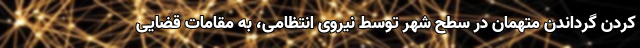
کردن گرداندن متهمان در سطح شهر توسط نیروی انتظامی، به مقامات قضایی